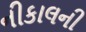
નીકાલની